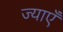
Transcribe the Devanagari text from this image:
ज्याएँ